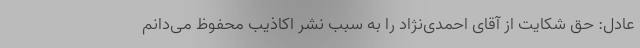
عادل: حق شکایت از آقای احمدی‌نژاد را به سبب نشر اکاذیب محفوظ می‌دانم